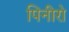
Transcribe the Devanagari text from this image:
पिनीरो